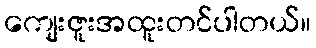
ကျေးဇူးအထူးတင်ပါတယ်။